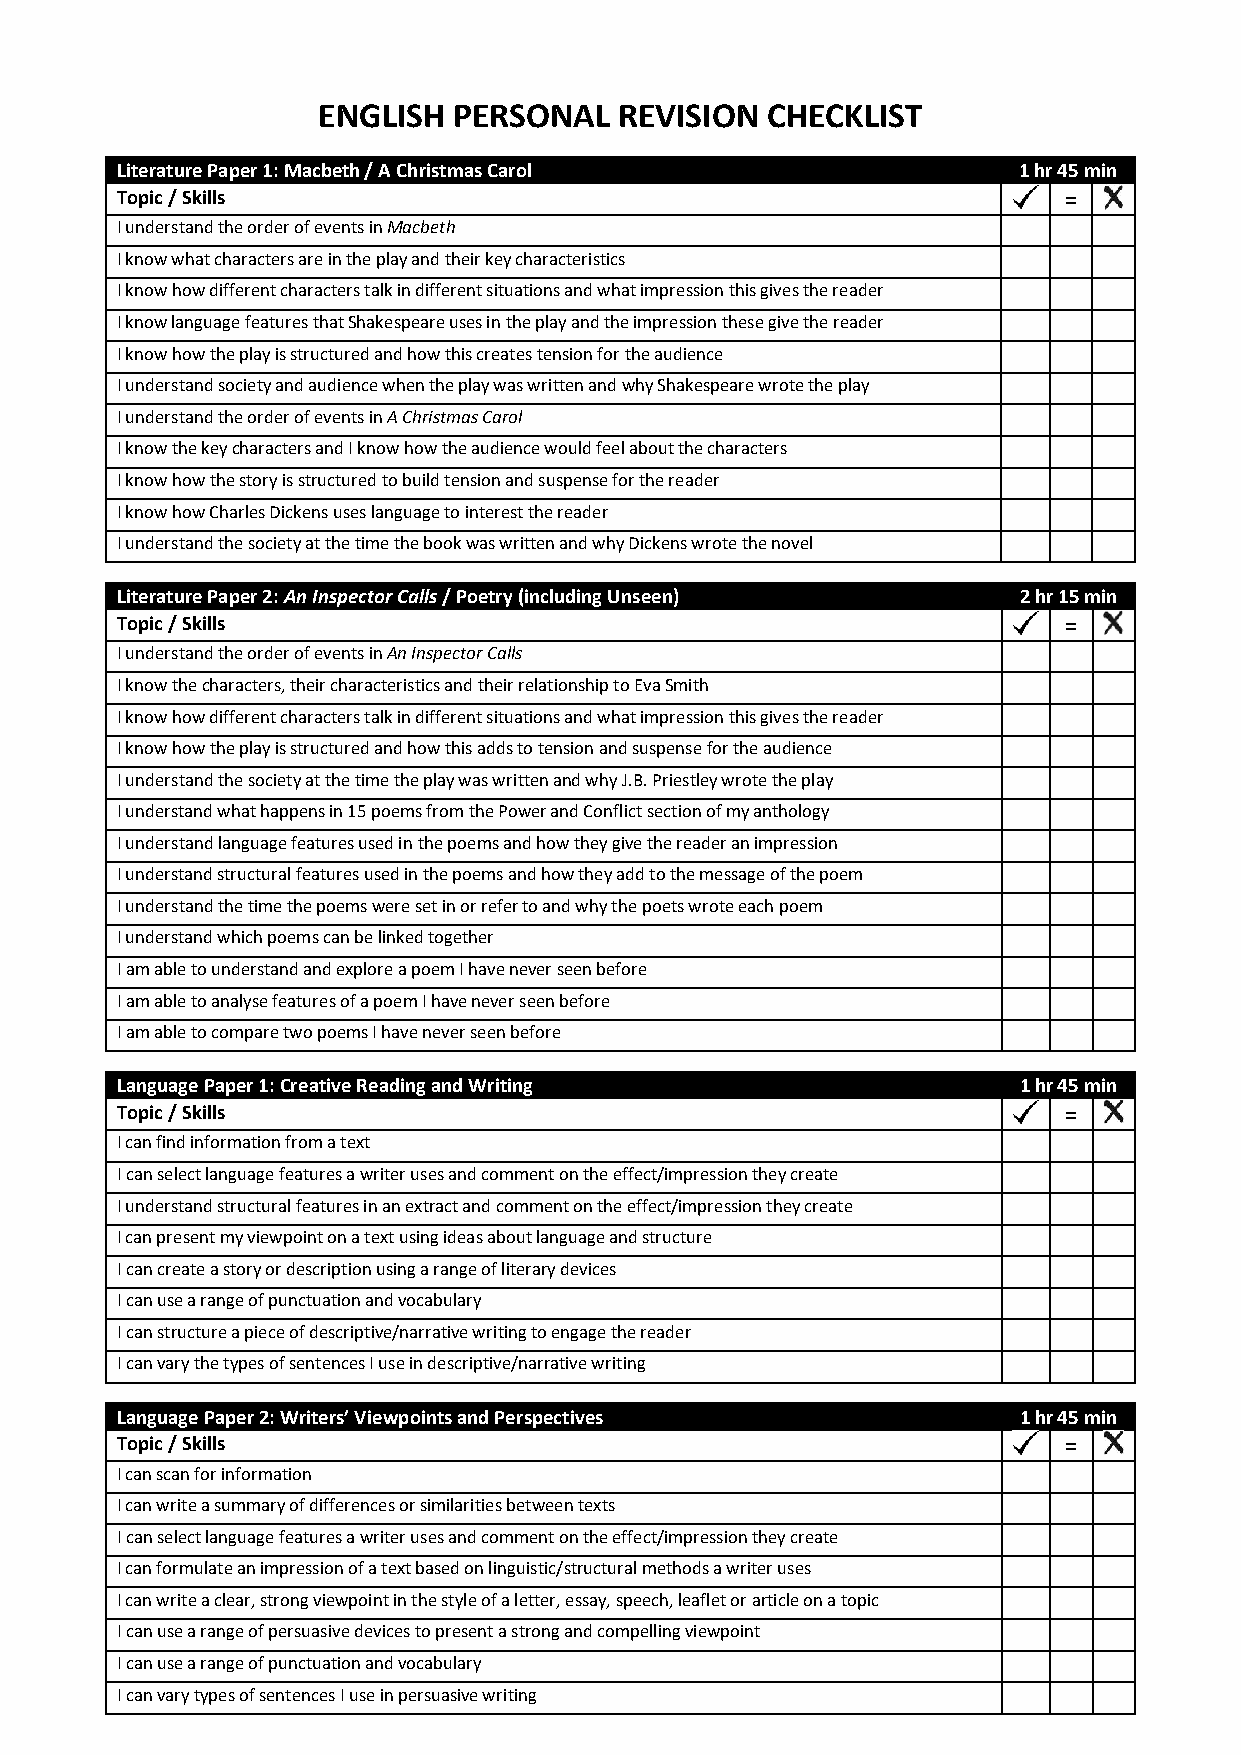
ENGLISH  PERSONAL   REVISION  CHECKLIST
 Literature Paper 1: Macbeth / A Christmas Carol            1 hr 45 min
 Topic / Skills                                                =
 I understand the order of events in Macbeth
 I know what characters are in the play and their key characteristics
 I know how different characters talk in different situations and what impression this gives the reader
 I know language features that Shakespeare uses in the play and the impression these give the reader
 I know how the play is structured and how this creates tension for the audience
 I understand society and audience when the play was written and why Shakespeare wrote the play
 I understand the order of events in A Christmas Carol
 I know the key characters and I know how the audience would feel about the characters
 I know how the story is structured to build tension and suspense for the reader
 I know how Charles Dickens uses language to interest the reader
 I understand the society at the time the book was written and why Dickens wrote the novel
 Literature Paper 2: An Inspector Calls / Poetry (including Unseen) 2 hr 15 min
 Topic / Skills                                                =
 I understand the order of events in An Inspector Calls
 I know the characters, their characteristics and their relationship to Eva Smith
 I know how different characters talk in different situations and what impression this gives the reader
 I know how the play is structured and how this adds to tension and suspense for the audience
 I understand the society at the time the play was written and why J.B. Priestley wrote the play
 I understand what happens in 15 poems from the Power and Conflict section of my anthology
 I understand language features used in the poems and how they give the reader an impression
 I understand structural features used in the poems and how they add to the message of the poem
 I understand the time the poems were set in or refer to and why the poets wrote each poem
 I understand which poems can be linked together
 I am able to understand and explore a poem I have never seen before
 I am able to analyse features of a poem I have never seen before
 I am able to compare two poems I have never seen before
 Language Paper 1: Creative Reading and Writing             1 hr 45 min
 Topic / Skills                                                =
 I can find information from a text
 I can select language features a writer uses and comment on the effect/impression they create
 I understand structural features in an extract and comment on the effect/impression they create
 I can present my viewpoint on a text using ideas about language and structure
 I can create a story or description using a range of literary devices
 I can use a range of punctuation and vocabulary
 I can structure a piece of descriptive/narrative writing to engage the reader
 I can vary the types of sentences I use in descriptive/narrative writing
 Language Paper 2: Writers’ Viewpoints and Perspectives     1 hr 45 min
 Topic / Skills                                                =
 I can scan for information
 I can write a summary of differences or similarities between texts
 I can select language features a writer uses and comment on the effect/impression they create
 I can formulate an impression of a text based on linguistic/structural methods a writer uses
 I can write a clear, strong viewpoint in the style of a letter, essay, speech, leaflet or article on a topic
 I can use a range of persuasive devices to present a strong and compelling viewpoint
 I can use a range of punctuation and vocabulary
 I can vary types of sentences I use in persuasive writing